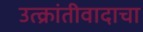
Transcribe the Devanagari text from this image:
उत्क्रांतीवादाचा